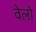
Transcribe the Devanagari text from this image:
वेलो